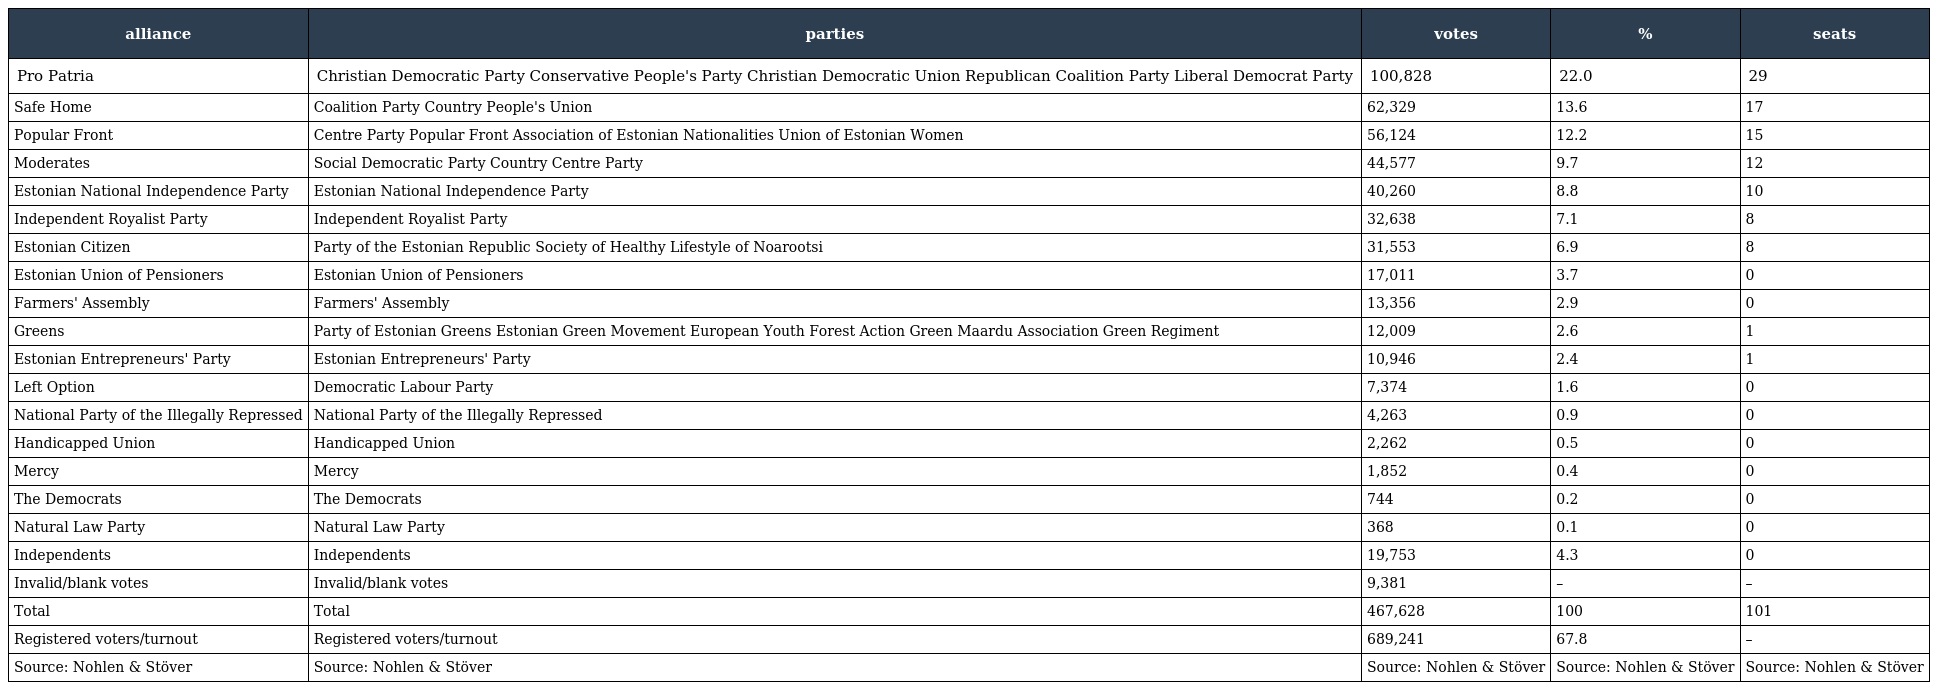
| alliance | parties | votes | % | seats |
 | --- | --- | --- | --- | --- |
 | Pro Patria | Christian Democratic Party Conservative People's Party Christian Democratic Union Republican Coalition Party Liberal Democrat Party | 100,828 | 22.0 | 29 |
 | Safe Home | Coalition Party Country People's Union | 62,329 | 13.6 | 17 |
 | Popular Front | Centre Party Popular Front Association of Estonian Nationalities Union of Estonian Women | 56,124 | 12.2 | 15 |
 | Moderates | Social Democratic Party Country Centre Party | 44,577 | 9.7 | 12 |
 | Estonian National Independence Party | Estonian National Independence Party | 40,260 | 8.8 | 10 |
 | Independent Royalist Party | Independent Royalist Party | 32,638 | 7.1 | 8 |
 | Estonian Citizen | Party of the Estonian Republic Society of Healthy Lifestyle of Noarootsi | 31,553 | 6.9 | 8 |
 | Estonian Union of Pensioners | Estonian Union of Pensioners | 17,011 | 3.7 | 0 |
 | Farmers' Assembly | Farmers' Assembly | 13,356 | 2.9 | 0 |
 | Greens | Party of Estonian Greens Estonian Green Movement European Youth Forest Action Green Maardu Association Green Regiment | 12,009 | 2.6 | 1 |
 | Estonian Entrepreneurs' Party | Estonian Entrepreneurs' Party | 10,946 | 2.4 | 1 |
 | Left Option | Democratic Labour Party | 7,374 | 1.6 | 0 |
 | National Party of the Illegally Repressed | National Party of the Illegally Repressed | 4,263 | 0.9 | 0 |
 | Handicapped Union | Handicapped Union | 2,262 | 0.5 | 0 |
 | Mercy | Mercy | 1,852 | 0.4 | 0 |
 | The Democrats | The Democrats | 744 | 0.2 | 0 |
 | Natural Law Party | Natural Law Party | 368 | 0.1 | 0 |
 | Independents | Independents | 19,753 | 4.3 | 0 |
 | Invalid/blank votes | Invalid/blank votes | 9,381 | – | – |
 | Total | Total | 467,628 | 100 | 101 |
 | Registered voters/turnout | Registered voters/turnout | 689,241 | 67.8 | – |
 | Source: Nohlen & Stöver | Source: Nohlen & Stöver | Source: Nohlen & Stöver | Source: Nohlen & Stöver | Source: Nohlen & Stöver |